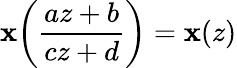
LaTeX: \mathbf{x}\! \left({\frac{{az+b}}{{cz+d}}}\right)=\mathbf{x}(z)